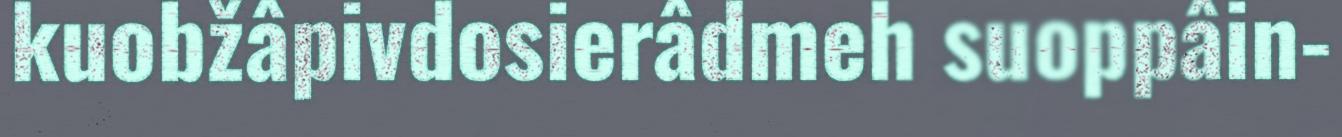
kuobžâpivdosierâdmeh suoppâin-